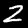
Digit: 2